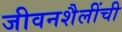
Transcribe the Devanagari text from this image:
जीवनशैलींची